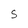
Character: S